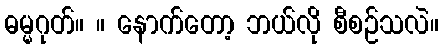
ဓမ္မဂုတ်။ ။ နောက်တော့ ဘယ်လို စီစဉ်သလဲ။